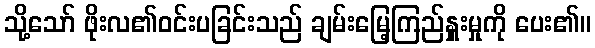
သို့သော် ဖိုးလ၏ဝင်းပခြင်းသည် ချမ်းမြေ့ကြည်နှူးမှုကို ပေး၏။